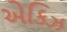
એકિઝ